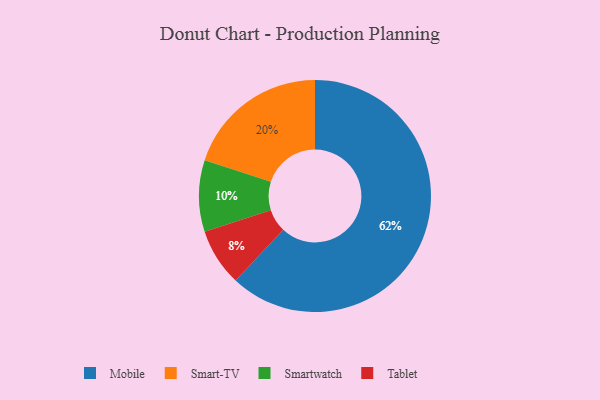
{"axis": {"x": "Category", "y": "Percentage"}, "legend": ["Mobile", "Smart-TV", "Smartwatch", "Tablet"], "data": [{"x": "Tablet", "y": 8, "type": "Tablet"}, {"x": "Smart-TV", "y": 20, "type": "Smart-TV"}, {"x": "Mobile", "y": 62, "type": "Mobile"}, {"x": "Smartwatch", "y": 10, "type": "Smartwatch"}]}